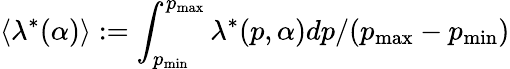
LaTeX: \langle\lambda^{*}(\alpha)\rangle:=\int_{p_{\operatorname*{min}}}^{p_{\operatorname*{max}}}\lambda^{*}(p,\alpha)dp/(p_{\operatorname*{max}}-p_{\operatorname*{min}})